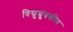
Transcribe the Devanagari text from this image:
विद्युच्चंुबकीय